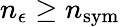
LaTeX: n_{\epsilon}\geq n_{\mathrm{sym}}